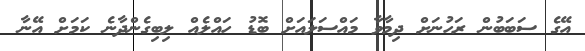
އޭގެ ސަބަބުން ރަހުނަށް ދިމާވާ މައްސަލައަށް ބޮޑު ހައްލެއް ލިބިގެންދާނެ ކަމަށް އޭނާ